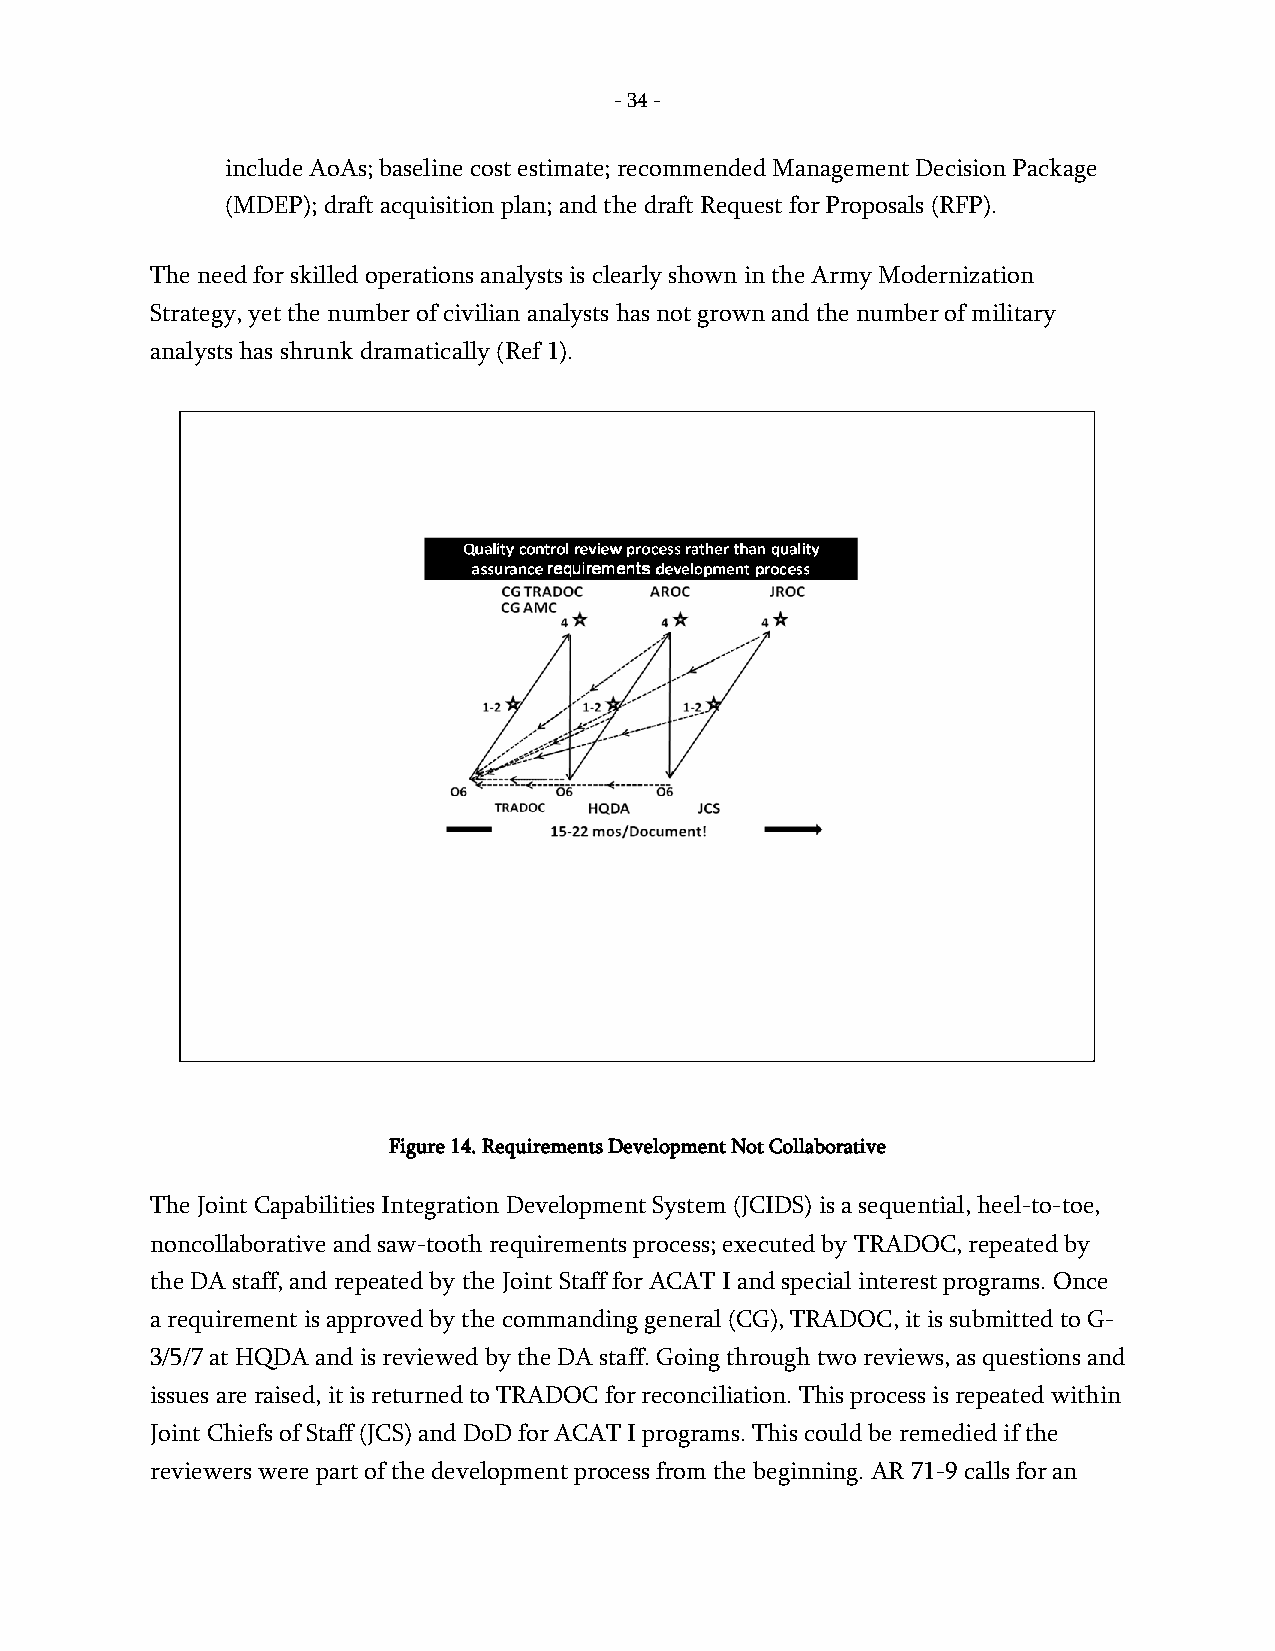
- 34 -
 include AoAs; baseline cost estimate; recommended Management Decision Package
 (MDEP); draft acquisition plan; and the draft Request for Proposals (RFP).
 The need for skilled operations analysts is clearly shown in the Army Modernization
 Strategy, yet the number of civilian analysts has not grown and the number of military
 analysts has shrunk dramatically (Ref 1).
 Figure 14. Requirements Development Not Collaborative
 The Joint Capabilities Integration Development System (JCIDS) is a sequential, heel-to-toe,
 noncollaborative and saw-tooth requirements process; executed by TRADOC, repeated by
 the DA staff, and repeated by the Joint Staff for ACAT I and special interest programs. Once
 a requirement is approved by the commanding general (CG), TRADOC, it is submitted to G-
 3/5/7 at HQDA and is reviewed by the DA staff. Going through two reviews, as questions and
 issues are raised, it is returned to TRADOC for reconciliation. This process is repeated within
 Joint Chiefs of Staff (JCS) and DoD for ACAT I programs. This could be remedied if the
 reviewers were part of the development process from the beginning. AR 71-9 calls for an
 -
 34
 -